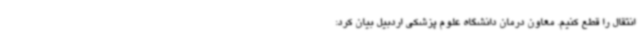
انتقال را قطع کنیم. معاون درمان دانشگاه علوم پزشکی اردبیل بیان کرد: